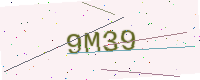
Text: 9M39